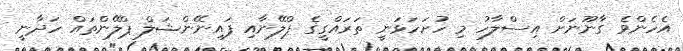
އެހެންވެ ގާނޫނަށް އިސްލާހު މި ހުށަހަޅަނީ ތަރައްގީގެ ޕްލޭނާއި ފައިނޭންޝަލް ޕްލޭންތައް ހަދާނީ